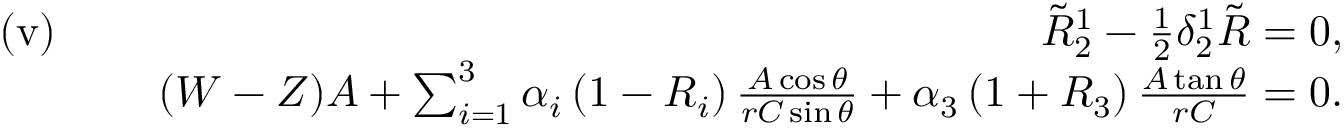
\begin{array} { r l r } { \mathrm { ( v ) } \, \, } & { } & { \tilde { R } _ { 2 } ^ { 1 } - \frac { 1 } { 2 } \delta _ { 2 } ^ { 1 } \tilde { R } = 0 , } \\ & { } & { ( W - Z ) A + \sum _ { i = 1 } ^ { 3 } \alpha _ { i } \left( 1 - R _ { i } \right) \frac { A \cos \theta } { r C \sin \theta } + \alpha _ { 3 } \left( 1 + R _ { 3 } \right) \frac { A \tan \theta } { r C } = 0 . } \end{array}